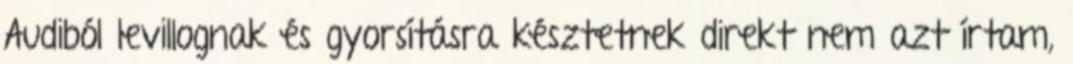
Audiból levillognak és gyorsításra késztetnek direkt nem azt írtam,